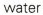
water